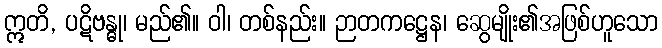
ဣတိ, ပဋိဗန္ဓု၊ မည်၏။ ဝါ၊ တစ်နည်း။ ဉာတကဋ္ဌေန၊ ဆွေမျိုး၏အဖြစ်ဟူသော